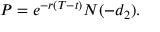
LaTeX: P = e ^ { - r ( T - t ) } N ( - d _ { 2 } ) .